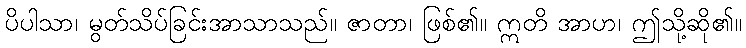
ပိပါသာ၊ မွတ်သိပ်ခြင်းအာသာသည်။ ဇာတာ၊ ဖြစ်၏။ ဣတိ အာဟ၊ ဤသို့ဆို၏။